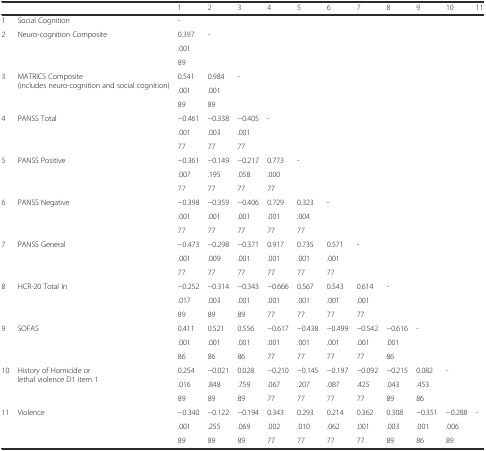
<table><thead><tr><td>[EMPTY_CELL]</td><td>[EMPTY_CELL]</td><td><b>1</b></td><td><b>2</b></td><td><b>3</b></td><td><b>4</b></td><td><b>5</b></td><td><b>6</b></td><td><b>7</b></td><td><b>8</b></td><td><b>9</b></td><td><b>10</b></td><td><b>11</b></td></tr></thead><tbody><tr><td>1</td><td>Social Cognition</td><td>-</td><td>[EMPTY_CELL]</td><td>[EMPTY_CELL]</td><td>[EMPTY_CELL]</td><td>[EMPTY_CELL]</td><td>[EMPTY_CELL]</td><td>[EMPTY_CELL]</td><td>[EMPTY_CELL]</td><td>[EMPTY_CELL]</td><td>[EMPTY_CELL]</td><td>[EMPTY_CELL]</td></tr><tr><td>2</td><td>Neuro-cognition Composite</td><td>0.397</td><td>-</td><td>[EMPTY_CELL]</td><td>[EMPTY_CELL]</td><td>[EMPTY_CELL]</td><td>[EMPTY_CELL]</td><td>[EMPTY_CELL]</td><td>[EMPTY_CELL]</td><td>[EMPTY_CELL]</td><td>[EMPTY_CELL]</td><td>[EMPTY_CELL]</td></tr><tr><td>[EMPTY_CELL]</td><td>[EMPTY_CELL]</td><td>.001</td><td>[EMPTY_CELL]</td><td>[EMPTY_CELL]</td><td>[EMPTY_CELL]</td><td>[EMPTY_CELL]</td><td>[EMPTY_CELL]</td><td>[EMPTY_CELL]</td><td>[EMPTY_CELL]</td><td>[EMPTY_CELL]</td><td>[EMPTY_CELL]</td><td>[EMPTY_CELL]</td></tr><tr><td>[EMPTY_CELL]</td><td>[EMPTY_CELL]</td><td>89</td><td>[EMPTY_CELL]</td><td>[EMPTY_CELL]</td><td>[EMPTY_CELL]</td><td>[EMPTY_CELL]</td><td>[EMPTY_CELL]</td><td>[EMPTY_CELL]</td><td>[EMPTY_CELL]</td><td>[EMPTY_CELL]</td><td>[EMPTY_CELL]</td><td>[EMPTY_CELL]</td></tr><tr><td>3</td><td rowspan="2">MATRICS Composite (includes neuro-cognition and social cognition)</td><td>0.541</td><td>0.984</td><td>-</td><td>[EMPTY_CELL]</td><td>[EMPTY_CELL]</td><td>[EMPTY_CELL]</td><td>[EMPTY_CELL]</td><td>[EMPTY_CELL]</td><td>[EMPTY_CELL]</td><td>[EMPTY_CELL]</td><td>[EMPTY_CELL]</td></tr><tr><td>[EMPTY_CELL]</td><td>.001</td><td>.001</td><td>[EMPTY_CELL]</td><td>[EMPTY_CELL]</td><td>[EMPTY_CELL]</td><td>[EMPTY_CELL]</td><td>[EMPTY_CELL]</td><td>[EMPTY_CELL]</td><td>[EMPTY_CELL]</td><td>[EMPTY_CELL]</td><td>[EMPTY_CELL]</td></tr><tr><td>[EMPTY_CELL]</td><td>[EMPTY_CELL]</td><td>89</td><td>89</td><td>[EMPTY_CELL]</td><td>[EMPTY_CELL]</td><td>[EMPTY_CELL]</td><td>[EMPTY_CELL]</td><td>[EMPTY_CELL]</td><td>[EMPTY_CELL]</td><td>[EMPTY_CELL]</td><td>[EMPTY_CELL]</td><td>[EMPTY_CELL]</td></tr><tr><td>4</td><td>PANSS Total</td><td>−0.461</td><td>−0.338</td><td>−0.405</td><td>-</td><td>[EMPTY_CELL]</td><td>[EMPTY_CELL]</td><td>[EMPTY_CELL]</td><td>[EMPTY_CELL]</td><td>[EMPTY_CELL]</td><td>[EMPTY_CELL]</td><td>[EMPTY_CELL]</td></tr><tr><td>[EMPTY_CELL]</td><td>[EMPTY_CELL]</td><td>.001</td><td>.003</td><td>.001</td><td>[EMPTY_CELL]</td><td>[EMPTY_CELL]</td><td>[EMPTY_CELL]</td><td>[EMPTY_CELL]</td><td>[EMPTY_CELL]</td><td>[EMPTY_CELL]</td><td>[EMPTY_CELL]</td><td>[EMPTY_CELL]</td></tr><tr><td>[EMPTY_CELL]</td><td>[EMPTY_CELL]</td><td>77</td><td>77</td><td>77</td><td>[EMPTY_CELL]</td><td>[EMPTY_CELL]</td><td>[EMPTY_CELL]</td><td>[EMPTY_CELL]</td><td>[EMPTY_CELL]</td><td>[EMPTY_CELL]</td><td>[EMPTY_CELL]</td><td>[EMPTY_CELL]</td></tr><tr><td>5</td><td>PANSS Positive</td><td>−0.361</td><td>−0.149</td><td>−0.217</td><td>0.773</td><td>-</td><td>[EMPTY_CELL]</td><td>[EMPTY_CELL]</td><td>[EMPTY_CELL]</td><td>[EMPTY_CELL]</td><td>[EMPTY_CELL]</td><td>[EMPTY_CELL]</td></tr><tr><td>[EMPTY_CELL]</td><td>[EMPTY_CELL]</td><td>.007</td><td>.195</td><td>.058</td><td>.000</td><td>[EMPTY_CELL]</td><td>[EMPTY_CELL]</td><td>[EMPTY_CELL]</td><td>[EMPTY_CELL]</td><td>[EMPTY_CELL]</td><td>[EMPTY_CELL]</td><td>[EMPTY_CELL]</td></tr><tr><td>[EMPTY_CELL]</td><td>[EMPTY_CELL]</td><td>77</td><td>77</td><td>77</td><td>77</td><td>[EMPTY_CELL]</td><td>[EMPTY_CELL]</td><td>[EMPTY_CELL]</td><td>[EMPTY_CELL]</td><td>[EMPTY_CELL]</td><td>[EMPTY_CELL]</td><td>[EMPTY_CELL]</td></tr><tr><td>6</td><td>PANSS Negative</td><td>−0.398</td><td>−0.359</td><td>−0.406</td><td>0.729</td><td>0.323</td><td>-</td><td>[EMPTY_CELL]</td><td>[EMPTY_CELL]</td><td>[EMPTY_CELL]</td><td>[EMPTY_CELL]</td><td>[EMPTY_CELL]</td></tr><tr><td>[EMPTY_CELL]</td><td>[EMPTY_CELL]</td><td>.001</td><td>.001</td><td>.001</td><td>.001</td><td>.004</td><td>[EMPTY_CELL]</td><td>[EMPTY_CELL]</td><td>[EMPTY_CELL]</td><td>[EMPTY_CELL]</td><td>[EMPTY_CELL]</td><td>[EMPTY_CELL]</td></tr><tr><td>[EMPTY_CELL]</td><td>[EMPTY_CELL]</td><td>77</td><td>77</td><td>77</td><td>77</td><td>77</td><td>[EMPTY_CELL]</td><td>[EMPTY_CELL]</td><td>[EMPTY_CELL]</td><td>[EMPTY_CELL]</td><td>[EMPTY_CELL]</td><td>[EMPTY_CELL]</td></tr><tr><td>7</td><td>PANSS General</td><td>−0.473</td><td>−0.298</td><td>−0.371</td><td>0.917</td><td>0.735</td><td>0.571</td><td>-</td><td>[EMPTY_CELL]</td><td>[EMPTY_CELL]</td><td>[EMPTY_CELL]</td><td>[EMPTY_CELL]</td></tr><tr><td>[EMPTY_CELL]</td><td>[EMPTY_CELL]</td><td>.001</td><td>.009</td><td>.001</td><td>.001</td><td>.001</td><td>.001</td><td>[EMPTY_CELL]</td><td>[EMPTY_CELL]</td><td>[EMPTY_CELL]</td><td>[EMPTY_CELL]</td><td>[EMPTY_CELL]</td></tr><tr><td>[EMPTY_CELL]</td><td>[EMPTY_CELL]</td><td>77</td><td>77</td><td>77</td><td>77</td><td>77</td><td>77</td><td>[EMPTY_CELL]</td><td>[EMPTY_CELL]</td><td>[EMPTY_CELL]</td><td>[EMPTY_CELL]</td><td>[EMPTY_CELL]</td></tr><tr><td>8</td><td>HCR-20 Total In</td><td>−0.252</td><td>−0.314</td><td>−0.343</td><td>−0.666</td><td>0.567</td><td>0.543</td><td>0.614</td><td>-</td><td>[EMPTY_CELL]</td><td>[EMPTY_CELL]</td><td>[EMPTY_CELL]</td></tr><tr><td>[EMPTY_CELL]</td><td>[EMPTY_CELL]</td><td>.017</td><td>.003</td><td>.001</td><td>.001</td><td>.001</td><td>.001</td><td>.001</td><td>[EMPTY_CELL]</td><td>[EMPTY_CELL]</td><td>[EMPTY_CELL]</td><td>[EMPTY_CELL]</td></tr><tr><td>[EMPTY_CELL]</td><td>[EMPTY_CELL]</td><td>89</td><td>89</td><td>89</td><td>77</td><td>77</td><td>77</td><td>77</td><td>[EMPTY_CELL]</td><td>[EMPTY_CELL]</td><td>[EMPTY_CELL]</td><td>[EMPTY_CELL]</td></tr><tr><td>9</td><td>SOFAS</td><td>0.411</td><td>0.521</td><td>0.556</td><td>−0.617</td><td>−0.438</td><td>−0.499</td><td>−0.542</td><td>−0.616</td><td>-</td><td>[EMPTY_CELL]</td><td>[EMPTY_CELL]</td></tr><tr><td>[EMPTY_CELL]</td><td>[EMPTY_CELL]</td><td>.001</td><td>.001</td><td>.001</td><td>.001</td><td>.001</td><td>.001</td><td>.001</td><td>.001</td><td>[EMPTY_CELL]</td><td>[EMPTY_CELL]</td><td>[EMPTY_CELL]</td></tr><tr><td>[EMPTY_CELL]</td><td>[EMPTY_CELL]</td><td>86</td><td>86</td><td>86</td><td>77</td><td>77</td><td>77</td><td>77</td><td>86</td><td>[EMPTY_CELL]</td><td>[EMPTY_CELL]</td><td>[EMPTY_CELL]</td></tr><tr><td>10</td><td rowspan="2">History of Homicide or lethal violence D1 item 1</td><td>0.254</td><td>−0.021</td><td>0.028</td><td>−0.210</td><td>−0.145</td><td>−0.197</td><td>−0.092</td><td>−0.215</td><td>0.082</td><td>-</td><td>[EMPTY_CELL]</td></tr><tr><td>[EMPTY_CELL]</td><td>.016</td><td>.848</td><td>.759</td><td>.067</td><td>.207</td><td>.087</td><td>.425</td><td>.043</td><td>.453</td><td>[EMPTY_CELL]</td><td>[EMPTY_CELL]</td></tr><tr><td>[EMPTY_CELL]</td><td>[EMPTY_CELL]</td><td>89</td><td>89</td><td>89</td><td>77</td><td>77</td><td>77</td><td>77</td><td>89</td><td>86</td><td>[EMPTY_CELL]</td><td>[EMPTY_CELL]</td></tr><tr><td>11</td><td>Violence</td><td>−0.340</td><td>−0.122</td><td>−0.194</td><td>0.343</td><td>0.293</td><td>0.214</td><td>0.362</td><td>0.308</td><td>−0.351</td><td>−0.288</td><td>-</td></tr><tr><td>[EMPTY_CELL]</td><td>[EMPTY_CELL]</td><td>.001</td><td>.255</td><td>.069</td><td>.002</td><td>.010</td><td>.062</td><td>.001</td><td>.003</td><td>.001</td><td>.006</td><td>[EMPTY_CELL]</td></tr><tr><td>[EMPTY_CELL]</td><td>[EMPTY_CELL]</td><td>89</td><td>89</td><td>89</td><td>77</td><td>77</td><td>77</td><td>77</td><td>89</td><td>86</td><td>89</td><td>[EMPTY_CELL]</td></tr></tbody></table>